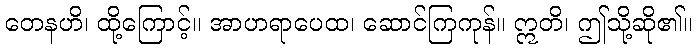
တေနဟိ၊ ထို့ကြောင့်။ အာဟရာပေထ၊ ဆောင်ကြကုန်။ ဣတိ၊ ဤသို့ဆို၏။